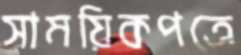
সাময়িকপত্রে